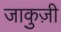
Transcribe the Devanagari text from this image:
जाकुज़ी